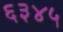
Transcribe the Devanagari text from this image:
६३४५